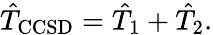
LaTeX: \hat{T}_{\mathrm{CCSD}}=\hat{T}_{1}+\hat{T}_{2}.